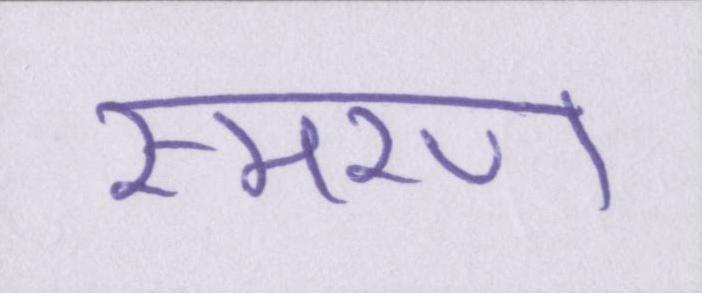
स्मरण